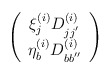
\begin{align*}\left( \begin{array}{c} {\xi}^{(i)}_{j}D^{(i)}_{jj^{'}}\\ {\eta}^{(i)}_{b}D^{(i)}_{bb^{''}} \end{array} \right)\end{align*}